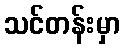
သင်တန်းမှာ